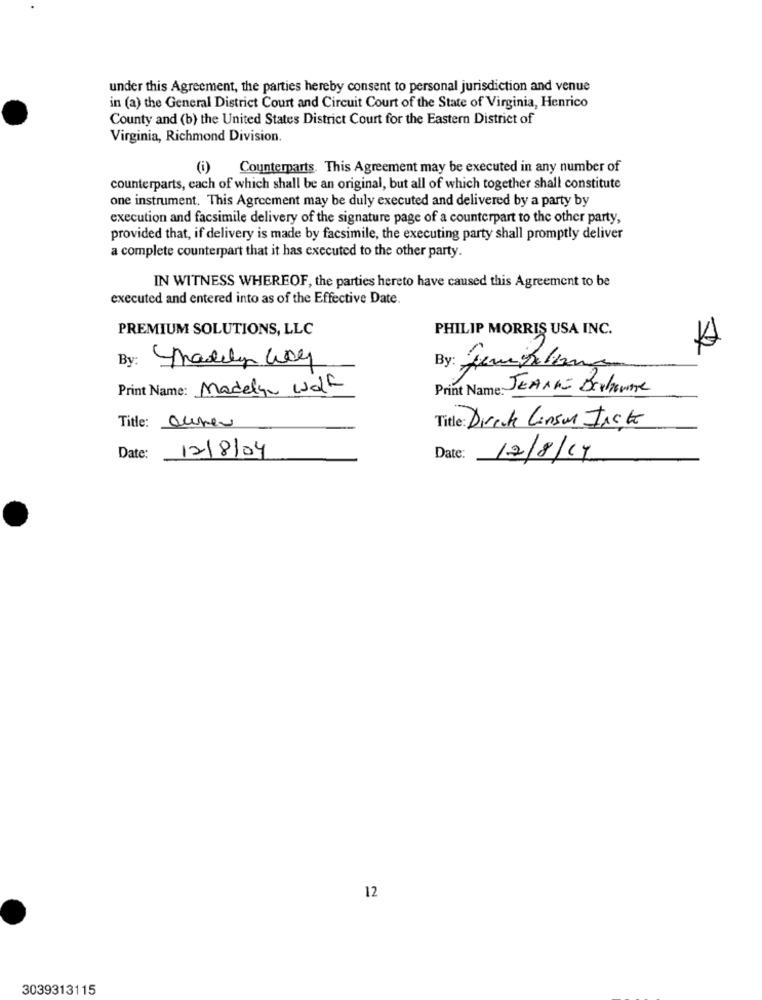
under this Agreement, the parties hereby consent to personal jurisdiction and venue
in (a) the General District Court and Circuit Court of the State of Virginia, Henrico
County and (b) the United States District Court for the Eastern District of
Virginia, Richmond Division.
Counterparts. This Agreement may be executed in any number of
counterparts, each of which shall be an original, but all of which together shall constitute
one instrument. This Agreement may be duly executed and delivered by a party by
execution and facsimile delivery of the signature page of a counterpart to the other party,
provided that, if delivery is made by facsimile, the executing party shall promptly deliver
a complete counterpart that it has executed to the other party.
IN WITNESS WHEREOF, the parties hereto have caused this Agreement to be
executed and entered into as of the Effective Date.
PREMIUM SOLUTIONS, LLC
PHILIP MORRIS USA INC.
By: Madelyn Way
Print Name: Madelyn Wolf
Print Name: JEANNE DERREAL
Title: Directe Linson Inete
Title: auver
Date:
12/8/04
Date:
12/8/19
12
3039313115